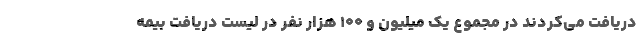
دریافت می‌کردند در مجموع یک میلیون و ۱۰۰ هزار نفر در لیست دریافت بیمه